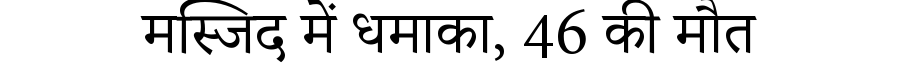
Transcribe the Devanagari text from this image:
मस्जिद में धमाका, 46 की मौत